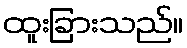
ထူးခြားသည်။